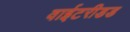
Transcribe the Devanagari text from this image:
वाईटरीडड